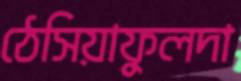
ঠেসিয়াফুলদা